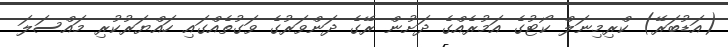
(އަޑުބަރޭ) ކްރިމިނަލް ކޯޓުގެ އަމުރެއްގެ ދަށުން ރޭގެ ދަންވަރުގެ ވަގުތެއްގައި ހައްޔަރުކުރި މައްސަލަ